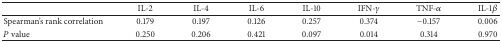
|  | IL-2 | IL-4 | IL-6 | IL-10 | IFN-γ | TNF-α | IL-1β |
 | --- | --- | --- | --- | --- | --- | --- | --- |
 | Spearman's rank correlation | 0.179 | 0.197 | 0.126 | 0.257 | 0.374 | −0.157 | 0.006 |
 | P value | 0.250 | 0.206 | 0.421 | 0.097 | 0.014 | 0.314 | 0.970 |